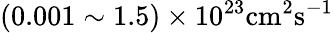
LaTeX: (0.001\sim 1.5)\times 10^{23}\mathrm{cm^{2}s^{-1}}